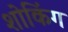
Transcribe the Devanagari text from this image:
शोकिंग